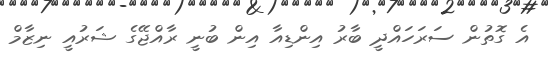
އެ ގޮތުން ސަރަހައްދީ ބާރު އިންޑިއާ އިން ބުނީ ރާއްޖޭގެ ޝަރުއީ ނިޒާމް